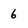
Character: 6